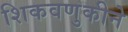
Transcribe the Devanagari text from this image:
शिकवणुकीने